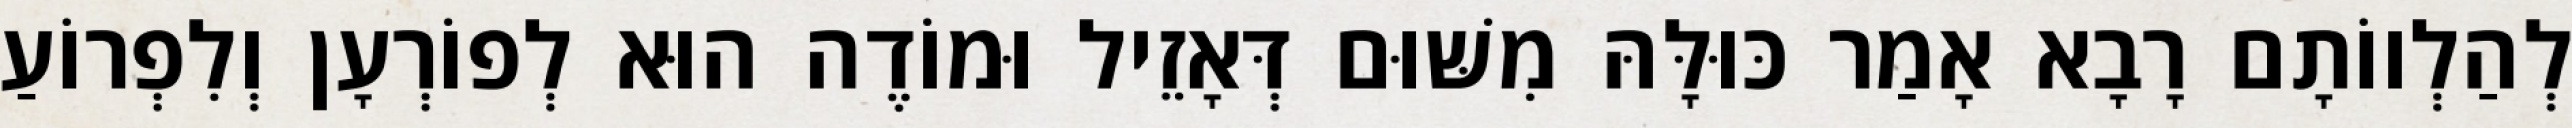
לְהַלְווֹתָם רָבָא אָמַר כּוּלָּהּ מִשּׁוּם דְּאָזֵיל וּמוֹדֶה הוּא לְפוֹרְעָן וְלִפְרוֹעַ